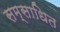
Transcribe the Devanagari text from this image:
सम्साधित